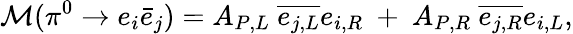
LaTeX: {\cal M}(\pi^{0}\rightarrow e_{i}\bar{e}_{j})=A_{P,L}~\overline{{{e_{j,L}}}}e_{i,R}~+~A_{P,R}~\overline{{{e_{j,R}}}}e_{i,L},